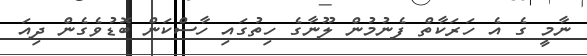
ނާމީ ގެ އެ ހަރަކާތް ފެނުމުން ލޫނާގެ ހިތުގައި ހާސްކަން ބޮޑުވެގެން ދިއަ